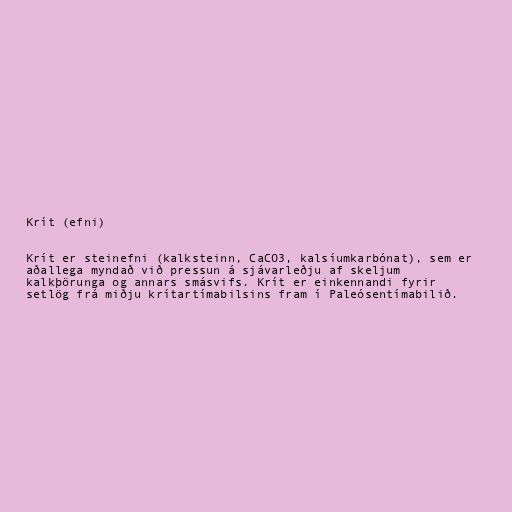
Krít (efni)

Krít er steinefni (kalksteinn, CaCO3, kalsíumkarbónat), sem er
aðallega myndað við pressun á sjávarleðju af skeljum
kalkþörunga og annars smásvifs. Krít er einkennandi fyrir
setlög frá miðju krítartímabilsins fram í Paleósentímabilið.